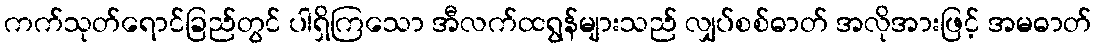
ကက်သုတ်ရောင်ခြည်တွင် ပါရှိကြသော အီလက်ထရွန်များသည် လျှပ်စစ်ဓာတ် အလိုအားဖြင့် အမဓာတ်